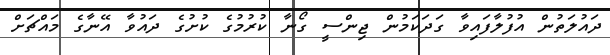
ދައުލަތުން އުފުލާފައިވާ ގަދަކަމުން ޖިންސީ ގޯނާ ކުރުމުގެ ކުށުގެ ދައުވާ އޭނާގެ މައްޗަށް